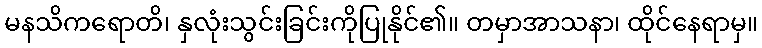
မနသိကရောတိ၊ နှလုံးသွင်းခြင်းကိုပြုနိုင်၏။ တမှာအာသနာ၊ ထိုင်နေရာမှ။